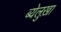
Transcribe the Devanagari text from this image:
ब्येलुख़ा